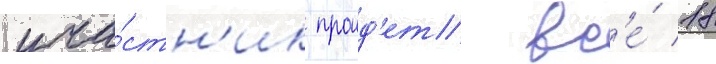
уча́стн'ик проид'ет вс'е́ 18